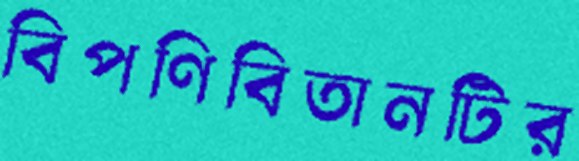
বিপণিবিতানটির